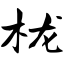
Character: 栊